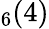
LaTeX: _6(4)